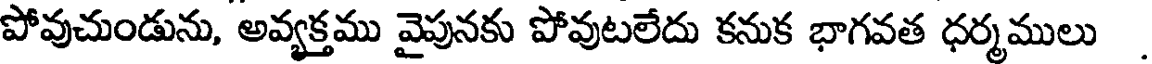
పోవుచుండును, అవ్యక్తము వైపునకు పోవుటలేదు కనుక భాగవత ధర్మములు